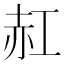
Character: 䞑